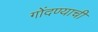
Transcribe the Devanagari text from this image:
गोंदण्याची